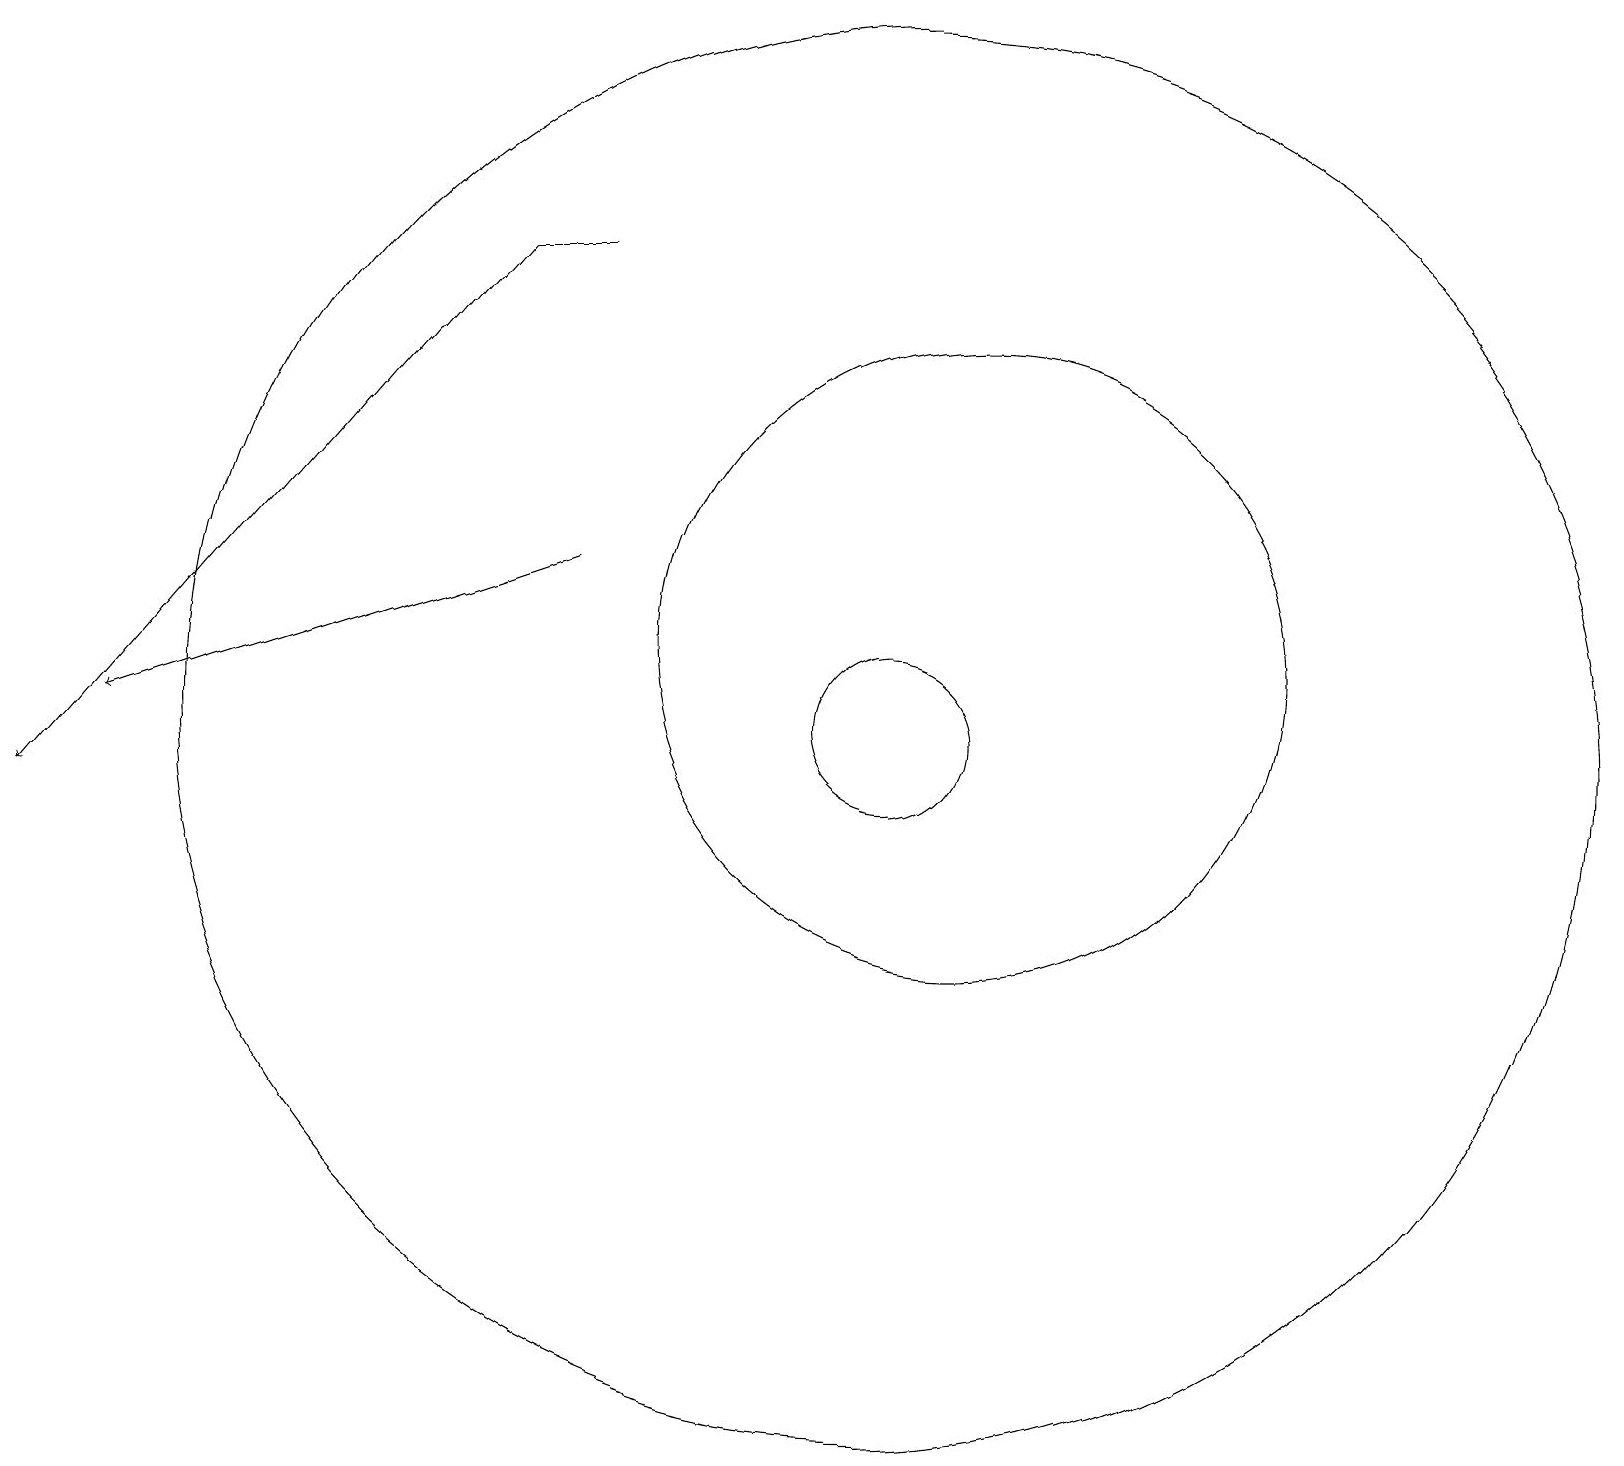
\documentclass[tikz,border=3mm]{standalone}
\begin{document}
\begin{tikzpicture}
\draw (7,17) rectangle (6,17);
\draw (11,11) circle (1);
\draw[->] (6,17) -- (0,10);
\draw (12,12) circle (4);
\draw[->] (7,13) -- (1,11);
\draw (11,11) circle (9);
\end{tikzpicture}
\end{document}